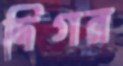
দিগন